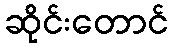
ဆိုင်းတောင်